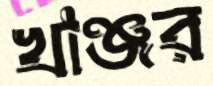
খাঞ্জর